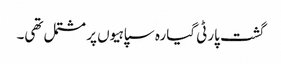
گشت پارٹی گیارہ سپاہیوں پر مشتمل تھی۔